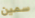
سمين